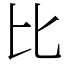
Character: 比